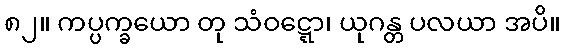
၈၂။ ကပ္ပက္ခယော တု သံဝဋ္ဋော၊ ယုဂန္တ ပလယာ အပိ။